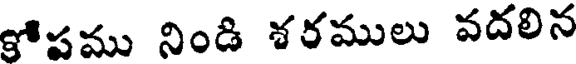
కోపము నిండి శరములు వదలిన